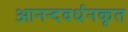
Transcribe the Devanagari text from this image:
आनन्दवर्धनकृत